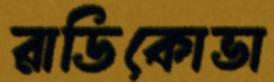
রাডিকোভা